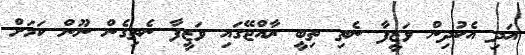
އަދި އެކުދިން ވަޒީފާ ނެތި ތިބީ ރާއްޖޭގައި ވަޒީފާ ނެތިގެން ނޫން ކަމަށް